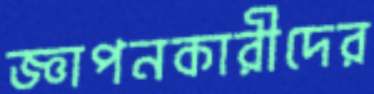
জ্ঞাপনকারীদের